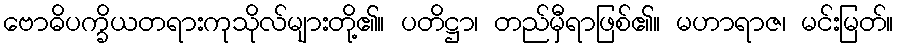
ဗောဓိပက္ခိယတရားကုသိုလ်များတို့၏။ ပတိဋ္ဌာ၊ တည်မှီရာဖြစ်၏။ မဟာရာဇ၊ မင်းမြတ်။